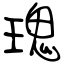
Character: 瑰